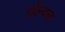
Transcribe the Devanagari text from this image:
गोल्वल